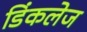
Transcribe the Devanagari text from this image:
डिंकलेज